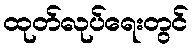
ထုတ်လုပ်ရေးတွင်